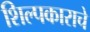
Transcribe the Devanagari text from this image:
शिल्पकाराचे